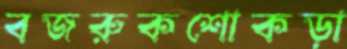
বজরুকশোকড়া